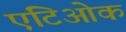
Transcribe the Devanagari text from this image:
एंटिओक